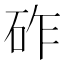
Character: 砟